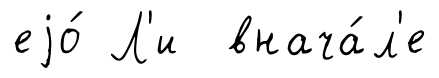
еjо́ Л'и внача́л'е